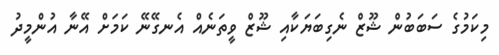
މިކަމުގެ ސަބަބުން ޝޫޒް ނެގިބަޔަކާއި ޝޫޒް ވީތަނެއް އެނގޭނޭ ކަމަށް އޭނާ އުންމީދު